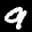
Label: 9